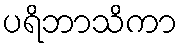
ပရိဘာသိကာ